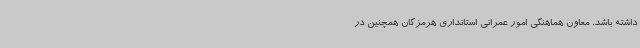
داشته باشد. معاون هماهنگی امور عمرانی استانداری هرمزگان همچنین در